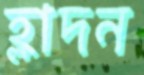
হ্লাদন